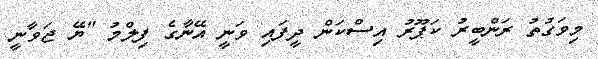
މިވަގުތު ރަންބީރު ކަޕޫރު އިސްކަން ދީފައި ވަނީ އޭނާގެ ފިލްމު "ޔޭ ޖަވާނީ